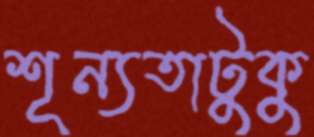
শূন্যতাটুকু